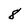
Character: 8